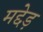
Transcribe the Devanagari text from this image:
मद्देड़